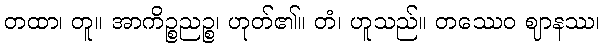
တထာ၊ တူ။ အာကိဉ္စညဉ္စ၊ ဟုတ်၏။ တံ၊ ဟူသည်။ တဿေဝ ဈာနဿ၊